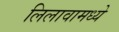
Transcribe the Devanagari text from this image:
लिलावामध्ये